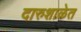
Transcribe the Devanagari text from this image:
दारुशाळेत